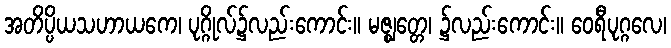
အတိပ္ပိယသဟာယကေ၊ ပုဂ္ဂိုလ်၌လည်းကောင်း။ မဇ္ဈတ္တေ၊ ၌လည်းကောင်း။ ဝေရီပုဂ္ဂလေ၊